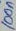
Text: 100n